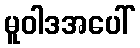
မူဝါဒအပေါ်